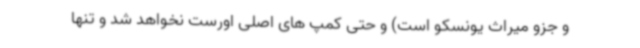
و جزو میراث یونسکو است) و حتی کمپ های اصلی اورست نخواهد شد و تنها